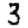
Digit: 3